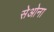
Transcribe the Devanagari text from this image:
सेओना